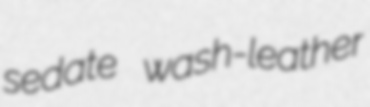
sedate wash-leather